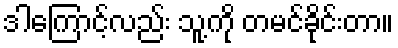
ဒါကြောင့်လည်း သူ့ကို တမင်ခိုင်းတာ။